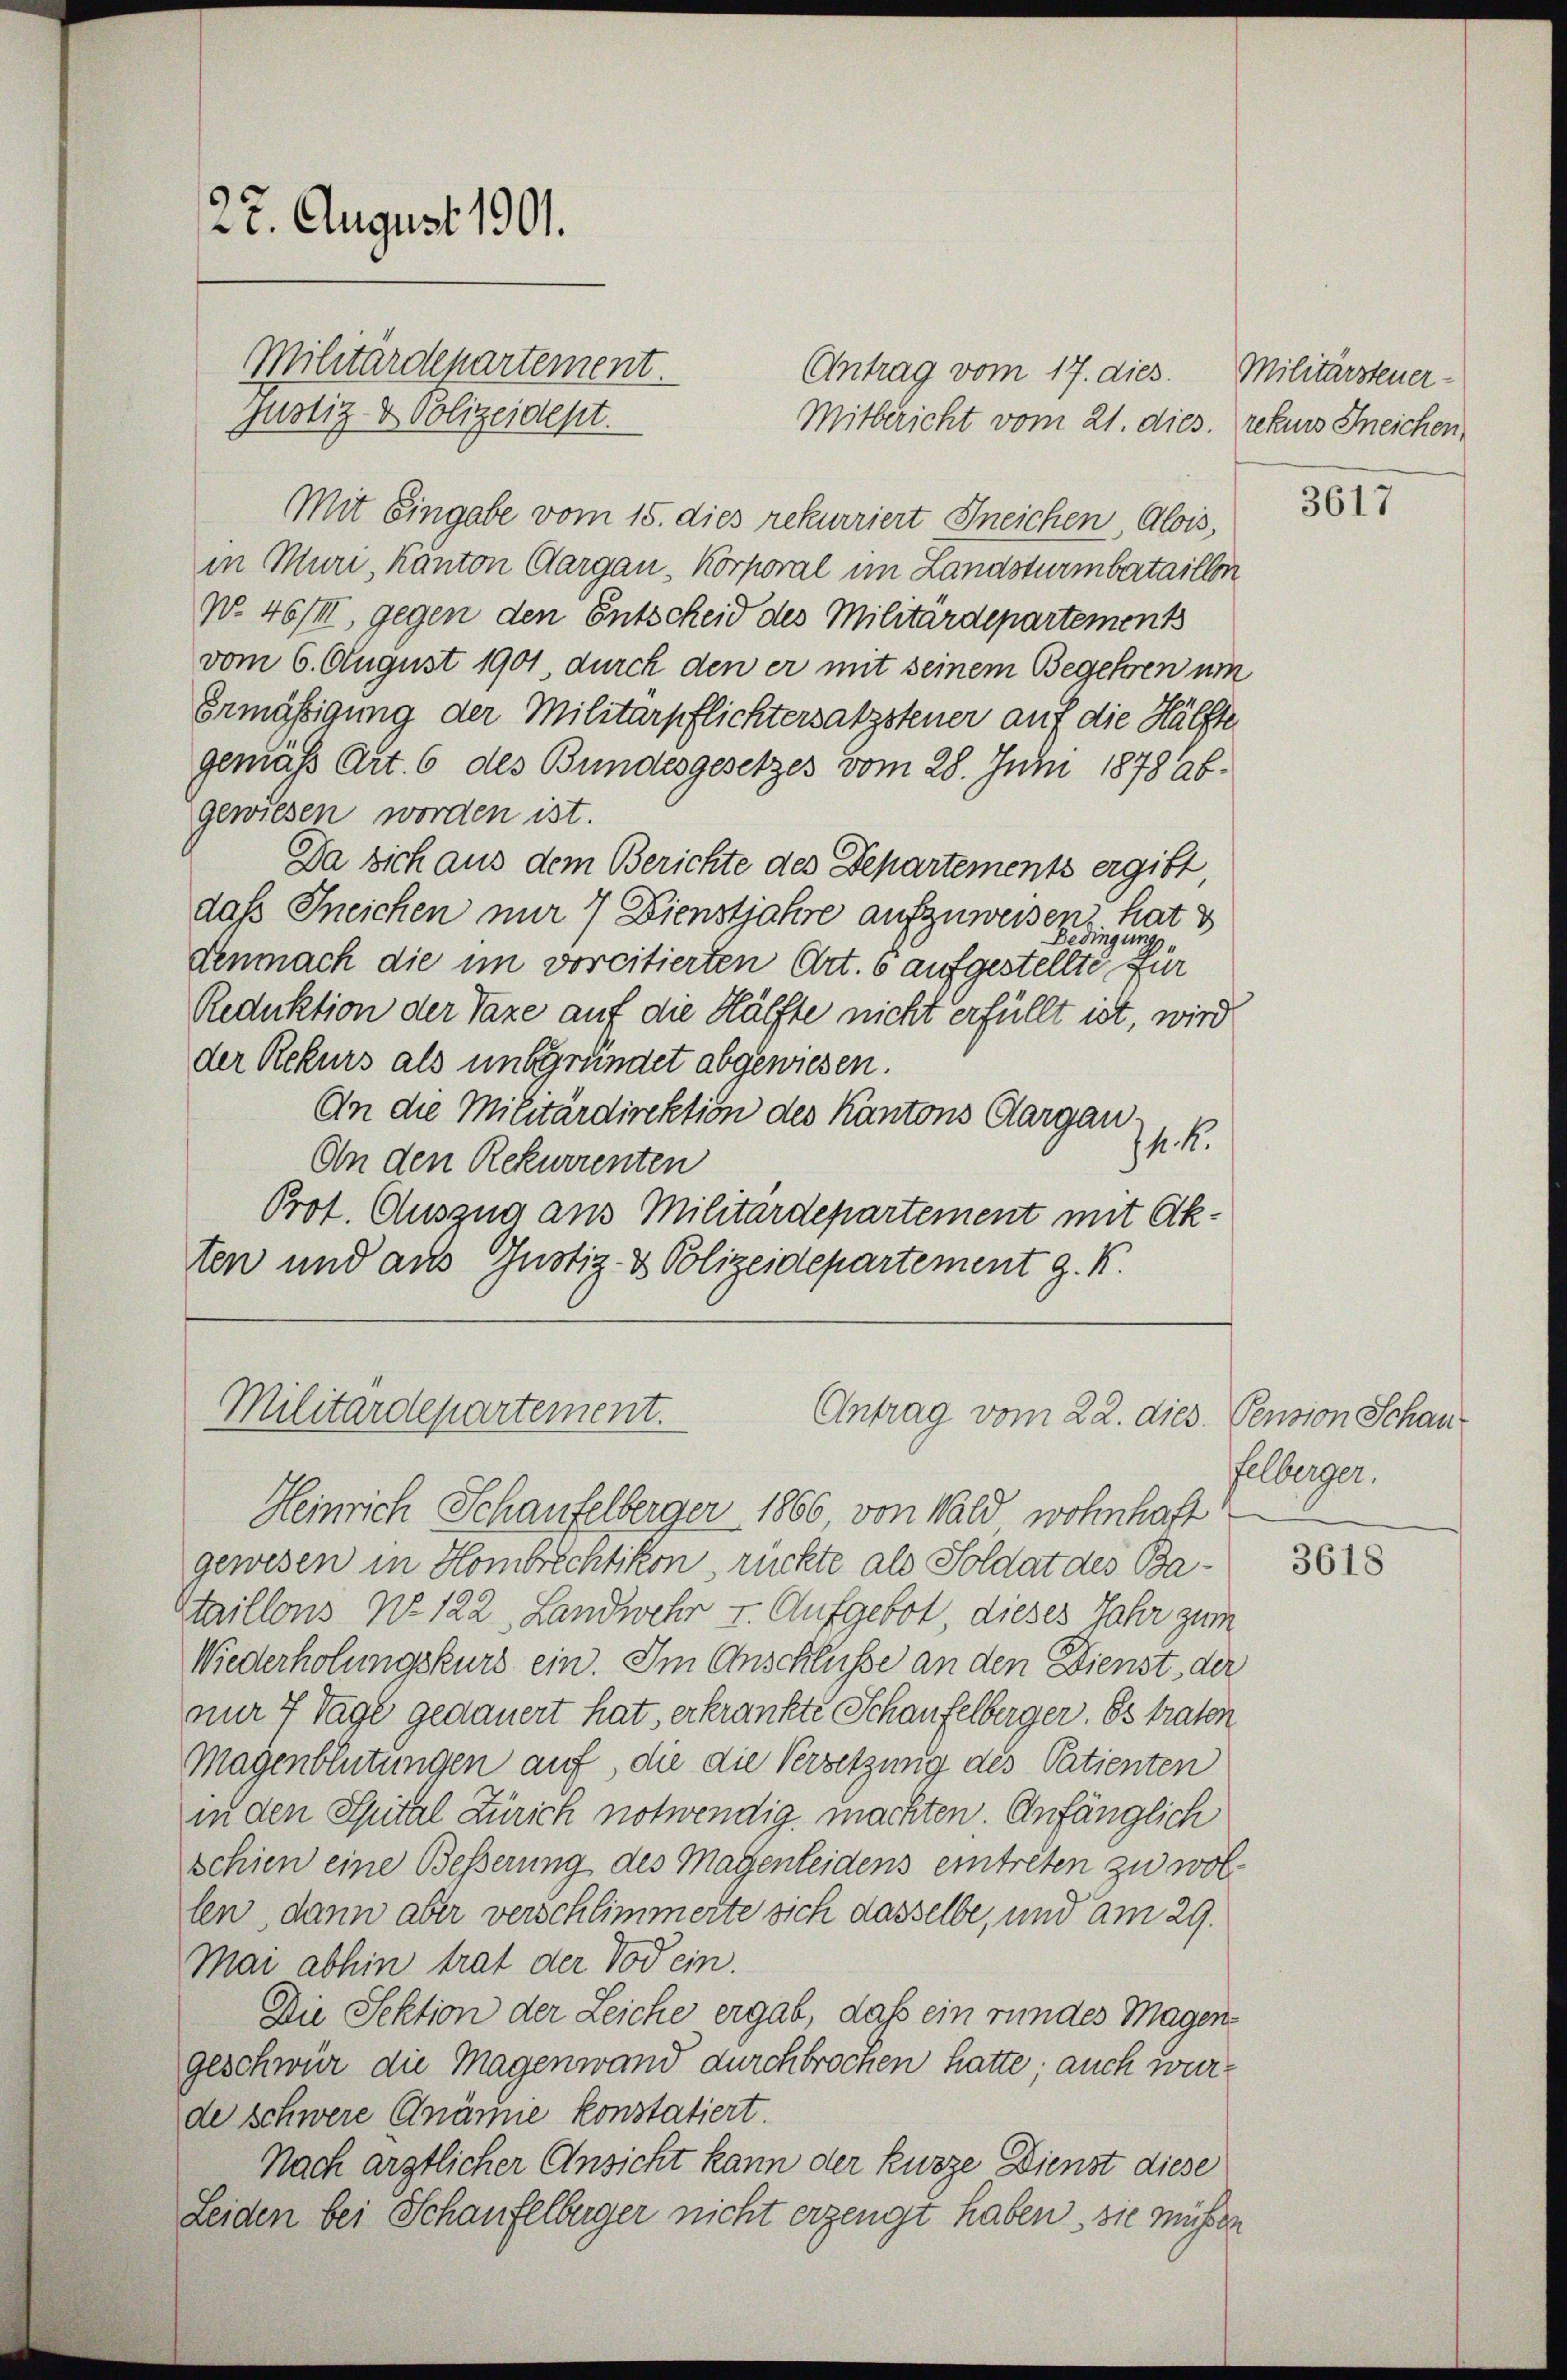
Antrag vom 17. dies
Mitbericht vom 21. dies. rekurs Freichen,
Mit Eingabe vom 15. dies rekurriert Ineichen Alois,
in Muri, Kanton Aargau, Korporal im Landsturmbataillon
No 46/III, gegen den Entscheid des Militärdepartement
vom 6. August 1901, durch den er mit seinem Begehren um
Ermäßigung der Militärpflichtersatzsteuer auf die Hälfte
gemäß Art. 6 des Bundesgesetzes vom 28. Juni 1878 abgewiesen worden ist.
Da sich aus dem Berichte des Departements ergibt
daß Ineichen nur 7 Dienstjahre aufzuweisen, hat s
Bedingung,
denmach die im vorcitierten Art. 6 aufgestellte für
Reduktion der Taxe auf die Hälfte nicht erfüllt ist, wird
der Rekurs als unbegründet abgewiesen.
An die Militärdirektion des Kantons Aargau
71. k.
An den Rekurrenten
Prof. Auszug aus Militärdepartement mit Ak-
ten und aus Gustiz- & Polizeidepartement z. K.

22. August 1901.
Militärdepartement.
justiz- & Polizeidept.

Militärdepartement.
Antrag vom 22. dies. Pension Schau

Heinrich Schaufelberger 1866 von Wald wohnhaft
gewesen in Hombrechtikon, rückte als Soldat des Ba¬
Staillons No. 122, Landwehr v. Aufgebot, dieses Jahr zum
Wiederholungskurs ein. Im Anschlusse an den Dienst der
nur 7 Tage gedauert hat, erkränkte Schaufelberger. Es traten
Magenblutungen auf, die die Versetzung des Patienten
in den Spital Zürich notwendig machten Anfänglich
schien eine Besserung des Magenleidens eintreten zu wollen, dann aber verschlimmerte sich dasselbe, und am 29.
Mai abhin trat der Tod ein.
Die Sektion der Leiche ergab, daß ein rundes Magengeschwer die Magenwand durchbrochen hatte auch wurde schwere Anämie konstatiert.
Nach ärztlicher Ansicht kann der kurze Dienst diese
Leiden bei Schaufelberger nicht erzeugt haben, sie müssen

Militärsteuer-

3617

Felberger.

3618